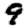
Digit: 9